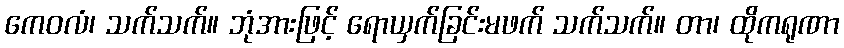
ကေဝလံ၊ သက်သက်။ ဘုံအားဖြင့် ရောယှက်ခြင်းမဖက် သက်သက်။ တာ၊ ထိုကရုဏာ